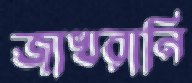
জাখরানি